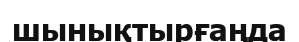
шынықтырғаңда